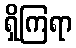
ရှိကြရာ